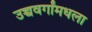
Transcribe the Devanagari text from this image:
उच्चवर्गांमधला